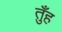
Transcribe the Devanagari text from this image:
तुँह